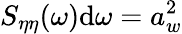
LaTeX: S_{\eta\eta}(\omega)\mathrm{d}\omega=a_{w}^{2}